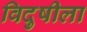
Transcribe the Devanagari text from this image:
विदुषीला